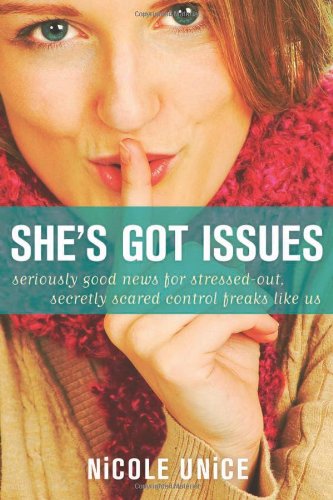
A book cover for She's Got Issues: Seriously Good News for Stressed-Out, Secretly Scared Control Freaks Like Us; Nicole Unice; Christian Books & Bibles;